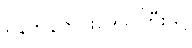
ရန်ကုန်တိုင်းဒေသကြီးသို့